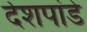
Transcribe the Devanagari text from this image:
देेशपांडे